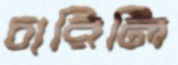
চারিলি